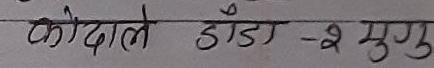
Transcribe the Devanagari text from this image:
कोदाले डँडा - २ मुगु